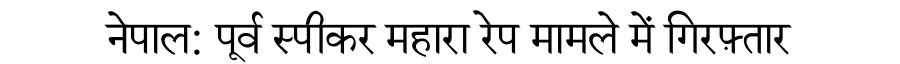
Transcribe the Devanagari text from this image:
नेपाल: पूर्व स्पीकर महारा रेप मामले में गिरफ़्तार